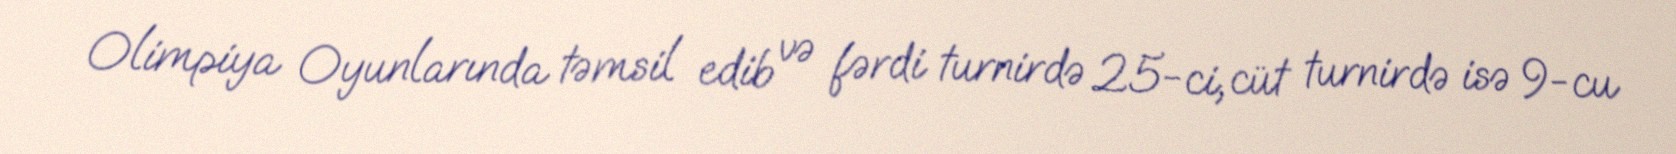
Olimpiya Oyunlarında təmsil edib və fərdi turnirdə 25-ci, cüt turnirdə isə 9-cu